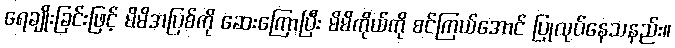
ရေချိုးခြင်းဖြင့် မိမိအပြစ်ကို ဆေးကြောပြီး မိမိကိုယ်ကို စင်ကြယ်အောင် ပြုလုပ်နေသနည်း။